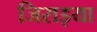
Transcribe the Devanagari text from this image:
जिराइया